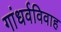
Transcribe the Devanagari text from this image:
गांधर्वविवाह